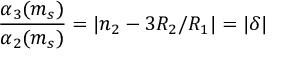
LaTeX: \frac { \alpha _ { 3 } ( m _ { s } ) } { \alpha _ { 2 } ( m _ { s } ) } = | n _ { 2 } - 3 R _ { 2 } / R _ { 1 } | = | \delta |